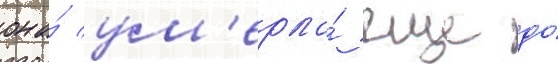
она́ ум'ерла́ еще до́